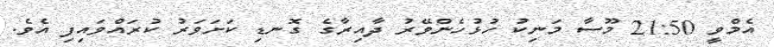
އެމްވީ 21:50 މޫސާ މަނިކު ހުޅުހެންވޭރު ދާއިރާގެ ގޮނޑި ކަށަވަރު ކުރައްވައިފި އެވެ.